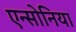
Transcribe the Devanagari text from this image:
एन्सोनिया